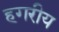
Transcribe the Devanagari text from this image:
हगरीय